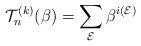
LaTeX: \begin{gather*}{\cal{T}}_n^{(k)}(\beta)=\sum_{\cal{E}} \beta^{i(\cal{E})}\end{gather*}